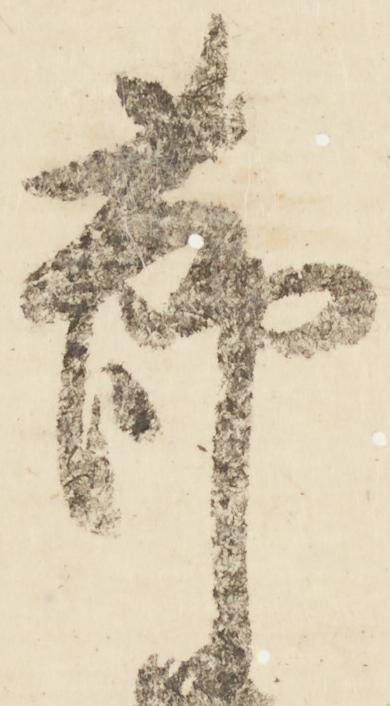
節